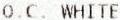
O.C. WHITE